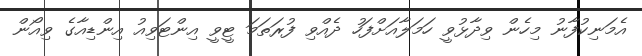
އެމަނިކުފާނު މިހެން ވިދާޅުވީ ހަމަލާއަށްފަހު ދެއްވި ފުރަތަމަ ޓީވީ އިންޓަވިއު އިންޑިއާގެ ވިއޯން